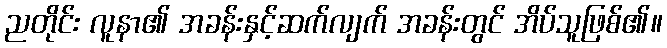
ညတိုင်း လူနာ၏ အခန်းနှင့်ဆက်လျက် အခန်းတွင် အိပ်သူဖြစ်၏။